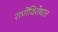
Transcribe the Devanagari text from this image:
राणेंविरोधात